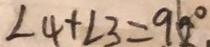
\angle 4 + \angle 3 = 9 6 ^ { \circ }